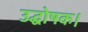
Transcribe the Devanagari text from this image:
उद्घोषक।